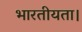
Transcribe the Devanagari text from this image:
भारतीयता।